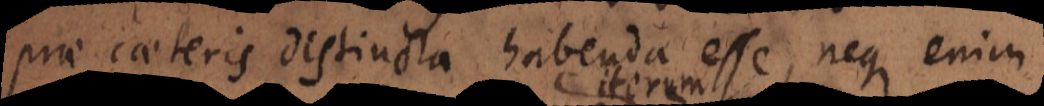
prae caeteris distincta habenda esse, neque enim